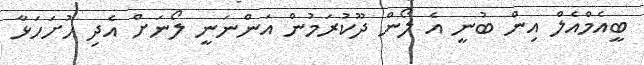
ބީއެމްއެލް އިން ބުނީ އެ ލޯން ދޫކުރަމުން އަންނަނީ ލޯނަށް އެދި ހުށަހަޅާ